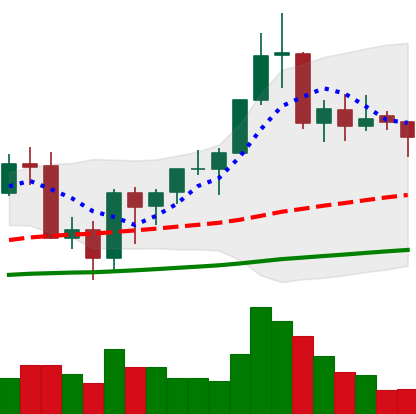
Ticker: BNB-USD
Chart end date: 2020-09-20
Forward return: -6.55%
Label: down_5_7